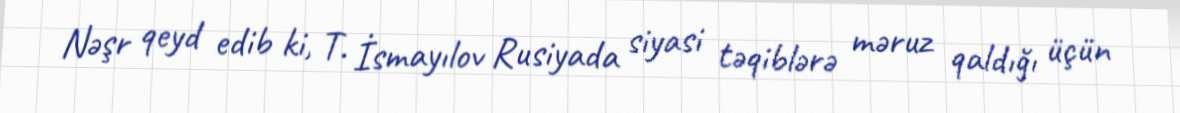
Nəşr qeyd edib ki, T. İsmayılov Rusiyada siyasi təqiblərə məruz qaldığı üçün